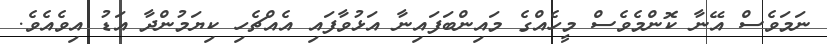
ނަމަވެސް އޭނާ ކޮންމެވެސް މީހެއްގެ މައިންބަފައިނާ އަޅުވާފައި އެއްޗެހި ކިޔަމުންދާ އަޑު އިވެއެވެ.